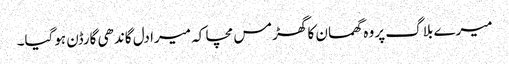
میرے بلاگ پر وہ گھمسان کا گھڑمس مچا کہ میرا دل گاندھی گارڈن ہوگیا۔